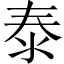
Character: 泰